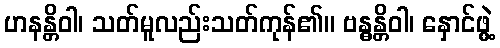
ဟနန္တိဝါ၊ သတ်မူလည်းသတ်ကုန်၏။ ဗန္ဓန္တိဝါ၊ နှောင်ဖွဲ့